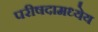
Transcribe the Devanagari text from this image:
परीषदामध्येय